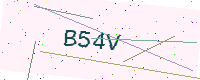
Text: B54V